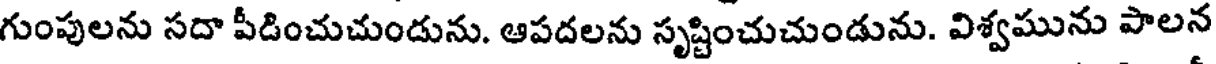
గుంపులను సదా పీడించుచుండును. ఆపదలను సృష్టించుచుండును. విశ్వమును పాలన